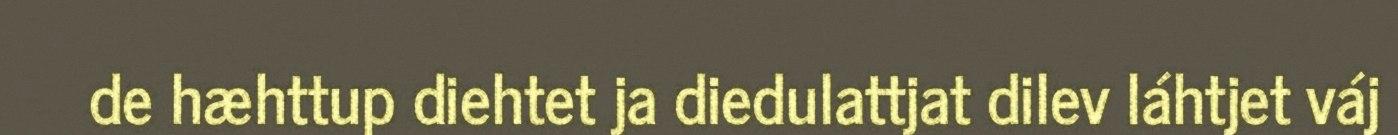
de hæhttup diehtet ja diedulattjat dilev láhtjet váj